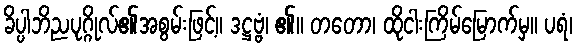
ခိပ္ပါဘိညပုဂ္ဂိုလ်၏အစွမ်းဖြင့်။ ဒဋ္ဌဗ္ဗံ၊ ၏။ တတော၊ ထိုငါးကြိမ်မြောက်မှ။ ပရံ၊